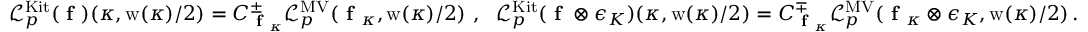
\mathcal { L } _ { p } ^ { \mathrm { K i t } } ( \textup { \bf f } ) ( \kappa , \mathrm { w } ( \kappa ) / 2 ) = C _ { \textup { \bf f } _ { \kappa } } ^ { \pm } \mathcal { L } _ { p } ^ { \mathrm { M V } } ( \textup { \bf f } _ { \kappa } , \mathrm { w } ( \kappa ) / 2 ) \, \, , \, \, \, \, \mathcal { L } _ { p } ^ { \mathrm { K i t } } ( \textup { \bf f } \otimes \epsilon _ { K } ) ( \kappa , \mathrm { w } ( \kappa ) / 2 ) = C _ { \textup { \bf f } _ { \kappa } } ^ { \mp } \mathcal { L } _ { p } ^ { \mathrm { M V } } ( \textup { \bf f } _ { \kappa } \otimes \epsilon _ { K } , \mathrm { w } ( \kappa ) / 2 ) \, .